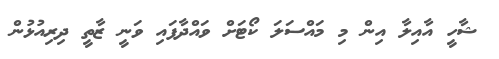
ޝާހީ އާއިލާ އިން މި މައްސަލަ ކޯޓަށް ވައްދާފައި ވަނީ ޒާތީ ދިރިއުޅުން